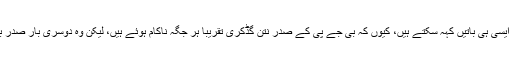
بھارتیہ جنتا پارٹی کے بارے میں بھی ایسی ہی باتیں کہہ سکتے ہیں، کیوں کہ بی جے پی کے صدر نتن گڈکری تقریباً ہر جگہ ناکام ہوئے ہیں، لیکن وہ دوسری بار صدر بننے کے لیے جوڑ توڑ بیٹھا رہے ہیں۔